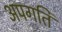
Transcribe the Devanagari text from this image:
अपगति